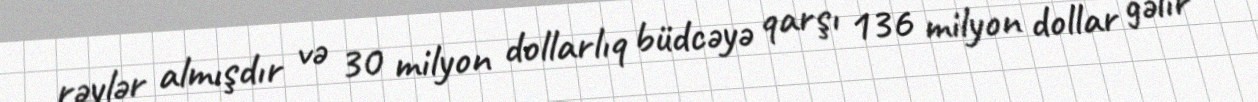
rəylər almışdır və 30 milyon dollarlıq büdcəyə qarşı 136 milyon dollar gəlir